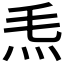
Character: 𤆬